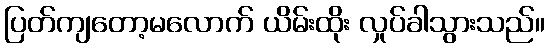
ပြတ်ကျတော့မလောက် ယိမ်းထိုး လှုပ်ခါသွားသည်။